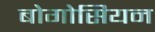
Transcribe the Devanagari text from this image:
बोगोसियन